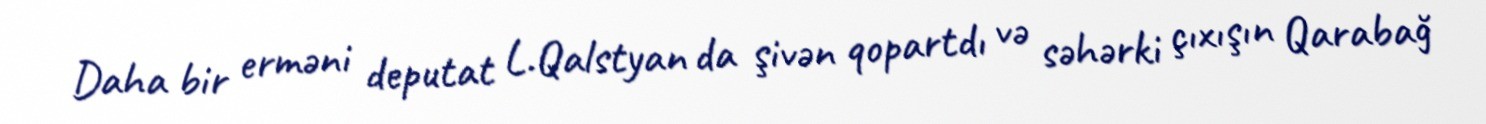
Daha bir erməni deputat L.Qalstyan da şivən qopartdı və səhərki çıxışın Qarabağ